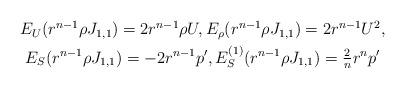
LaTeX: \begin{align*}\begin{gathered}E_U(r^{n-1}\rho J_{1,1}) = 2 r^{n-1}\rho U,E_\rho(r^{n-1}\rho J_{1,1}) = 2 r^{n-1} U^2,\\E_S(r^{n-1}\rho J_{1,1}) = -2 r^{n-1}p',E^{(1)}_S(r^{n-1}\rho J_{1,1}) = \tfrac{2}{n} r^n p'\end{gathered}\end{align*}